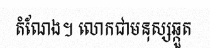
តំណែង។ លោកជាមនុស្សឆ្កួត